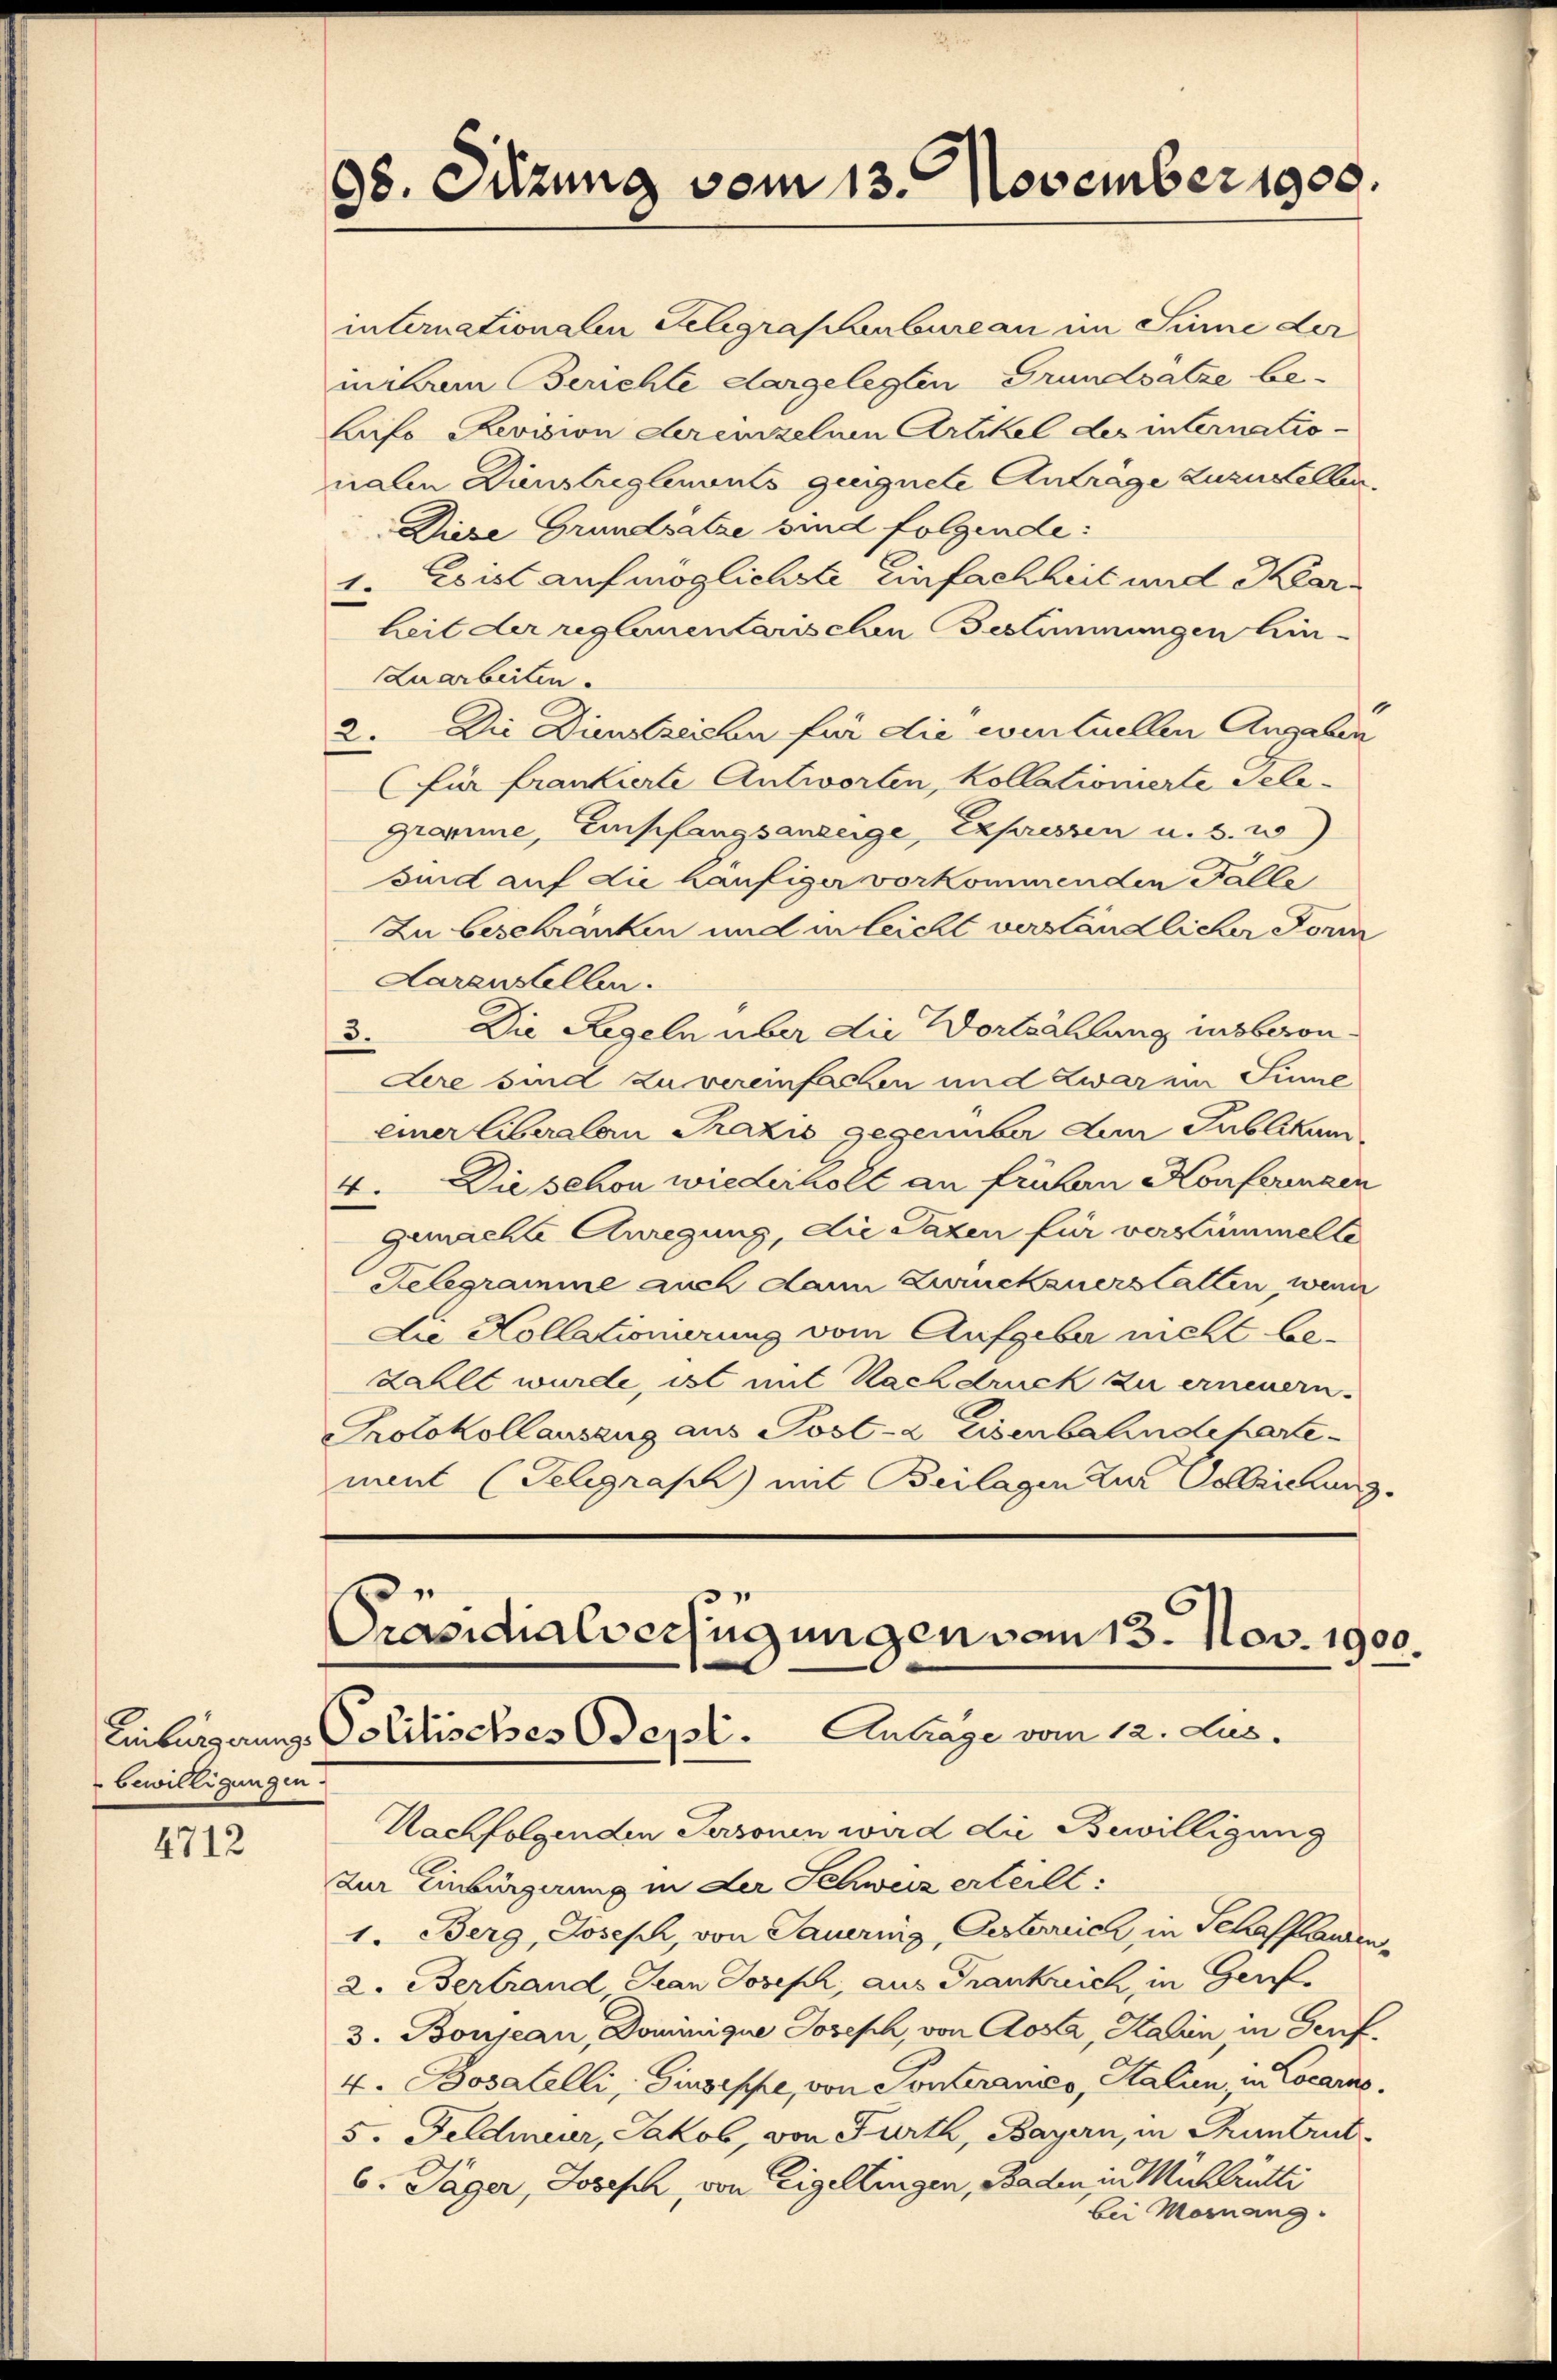
bewilligungen.

4712

98. Sitzung vom 13. November 1900.

Präsidialverfügungen vom 13. Nov. 1900.
Einbürgerungs Politisches Odepl. Antrage vom 12. Jus

internationalen Gelegrasenbureau im Sinne der
mnibum Berichte dargelegten Grundsatze be¬
Lifo Revision derenzelnen Artikel des internatio-
nalen Dinstreglemonts geeignete Anträge zuzustellen
Diese Grundsatze sind folgende:
1. Es ist auf möglichste Einfachheit und Karheit der reglementarischen Bestimmungen hin-
Laarbeiten.
2. Die Dienstreichen für die eventuellen Angaben
(für frankierte Antworten, Kollationierte Tele¬
Gromme, Empfangsanzeige, Expressen u. 3. 20)
sind auf die häufiger vorkommenden Falle
Zu beschränken und in leicht verständlicher Form
Harenstellen.
3. Die Regeln über die Wortzählung insberon.
dere sind zu vereinfachen und zwar im Sinne
einer Liberalen Praxis gegenüber den Publikum
4. Die schon wiederkoll an frühen Konferenzen
gemachte Anregung, die Taxen für verstümmelte
Telegramme auch dann Zurückzuerstatten, wenn
Die Kollationierung vom Aufgeber mell be-
zahlt wurde, ist mit Nachdruck zu erneuern.
Protokollauszug aus Post- & Eisenbahndepartement (Seligraph) mit Beilagen zur Vollziehung.

Nachfolgenden Personen wird die Bewilligung
zur Einbürgerung in der Schweiz erteilt:
1. Berg, Joseph, von Sauering, Gesterrich in Schaffhausen,
2. Bertrand Jean Josephi, aus Frankrich, in Genf
3. Boujean, Dominique Joseph, von Aosa, Harin in Genf,
4. Bosatelli, Giuseppe, von Ponterenico, Salin in Cocarno.
5. Feldmeier, Jakob, von Fürth, Bayern, in Thuntrut¬
6. Jäger, Joseph, von Eigeltingen, Baden in Mühlrütti
bei Mosnang